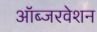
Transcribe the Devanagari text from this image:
ऑब्जरवेशन